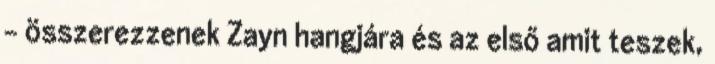
- összerezzenek Zayn hangjára és az első amit teszek,